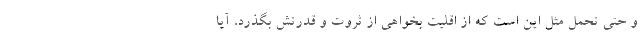
و حتی تحمل مثل این است که از اقلیت بخواهی از ثروت و قدرتش بگذرد، آیا